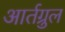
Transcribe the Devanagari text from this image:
आर्तग्रुल